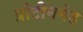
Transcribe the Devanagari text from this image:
प्रोटीनमेह